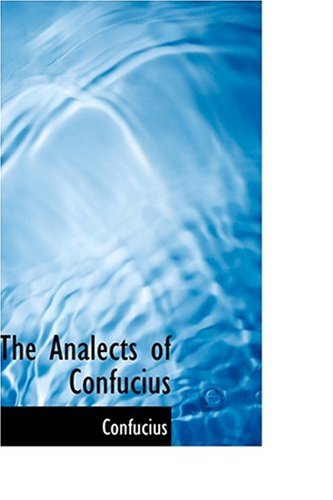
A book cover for The Analects of Confucius; Confucius; Religion & Spirituality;